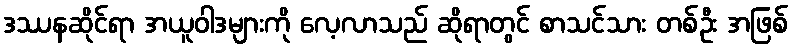
ဒဿနဆိုင်ရာ အယူဝါဒများကို လေ့လာသည် ဆိုရာတွင် စာသင်သား တစ်ဦး အဖြစ်